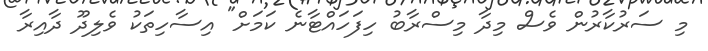
މި ސަރުކާރުން ވެސް މިދާ މިސްރާބު ހިފަހައްޓާނެ ކަމަށް" އިސާހިތަކު ވެލިދޫ ދާއިރާ